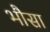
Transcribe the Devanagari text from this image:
भौसा